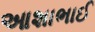
આશાભાઈ